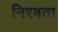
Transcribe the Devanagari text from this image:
निरवता